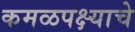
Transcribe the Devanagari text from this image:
कमळपक्ष्याचे